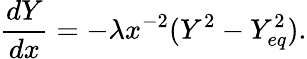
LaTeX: \frac{dY}{dx}=-\lambda x^{-2}(Y^{2}-Y_{eq}^{2}).